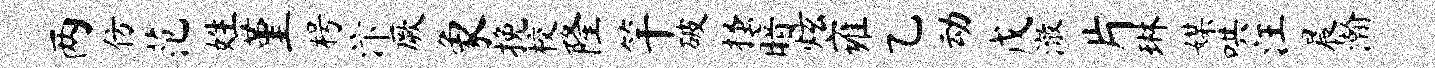
两仿范姓堇枵汴厥象挽校隆竿破搔暗炫雍乙动戊澈片琳媒哄汪晨瀚